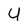
Character: U